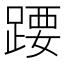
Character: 𬦽